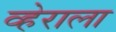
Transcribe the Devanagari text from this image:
व्हेराला